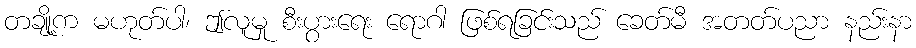
တချို့က မဟုတ်ပါ၊ ဤလူမှု စီးပွားရေး ရောဂါ ဖြစ်ရခြင်းသည် ခေတ်မီ အတတ်ပညာ နည်းနာ